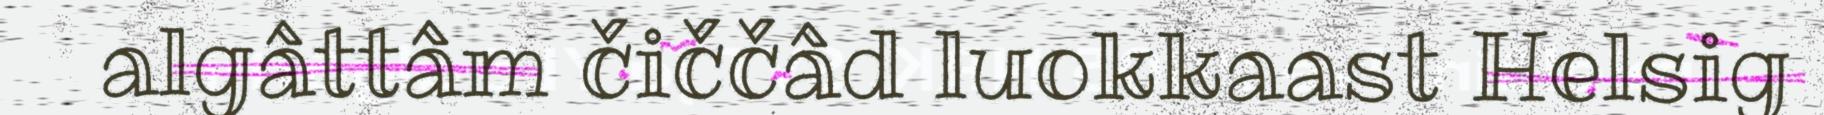
algâttâm čiččâd luokkaast Helsig